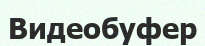
Видеобуфер